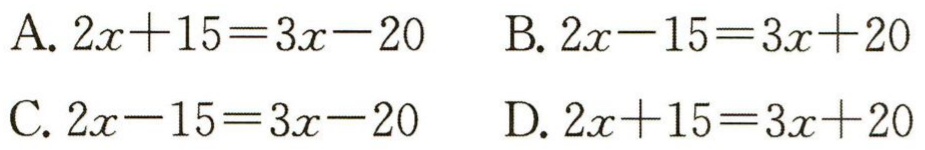
A. \(2x + 15 = 3x - 20\)  B. \(2x - 15 = 3x + 20\)

C. \(2x - 15 = 3x - 20\)  D. \(2x + 15 = 3x + 20\)